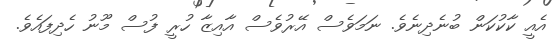
އެއީ ކާކުކަން ބުނެދިނެވެ. ނަމަވެސް އޭރުވެސް އާއިޒާ ހުރީ ފުސް މޫނު ހެދިފައެވެ.